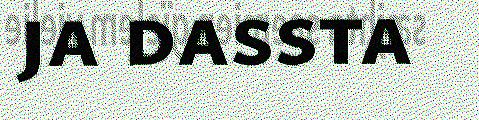
ja dassta